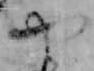
や